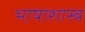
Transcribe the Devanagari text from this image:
भाषाशास्‍त्र